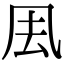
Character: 𠘾